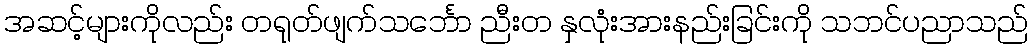
အဆင့်များကိုလည်း တရုတ်ဖျက်သင်္ဘော ညီးတ နှလုံးအားနည်းခြင်းကို သဘင်ပညာသည်